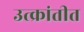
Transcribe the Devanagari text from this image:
उत्क्रांतीत